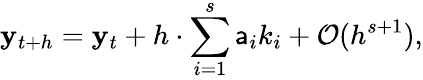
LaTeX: \mathbf{y}_{t+h}=\mathbf{y}_{t}+h\cdot\sum_{i=1}^{s}\mathsf{a}_{i}k_{i}+{\mathcal{{O}}}(h^{s+1}),